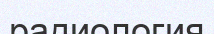
радиология